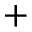
+